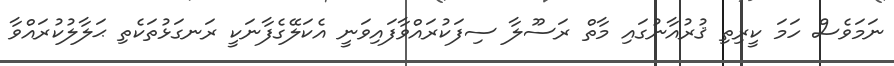
ނަމަވެސް ހަމަ ކީރިތި ޤުރުއާނުގައި މާތް ރަސޫލާ ސިފަކުރައްވާފައިވަނީ އެކަލޭގެފާނަކީ ރަނގަޅުތަކެތި ޙަލާލުކުރައްވާ